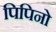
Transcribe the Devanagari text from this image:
पिपिनो